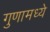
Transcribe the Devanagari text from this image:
गुणामध्ये